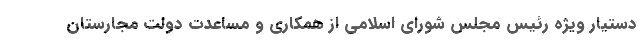
دستیار ویژه رئیس مجلس شورای اسلامی از همکاری و مساعدت دولت مجارستان